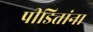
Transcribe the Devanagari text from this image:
पीडितांना